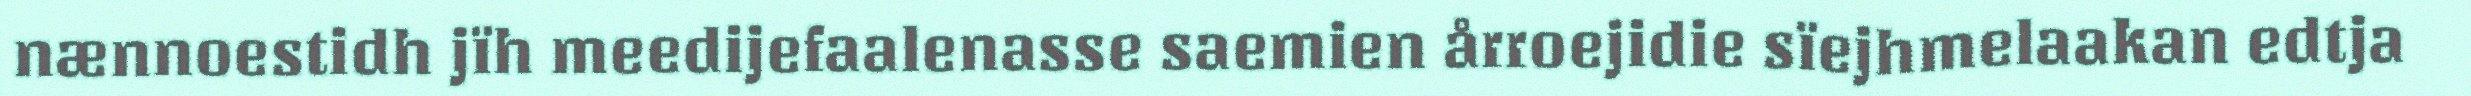
nænnoestidh jïh meedijefaalenasse saemien årroejidie sïejhmelaakan edtja